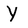
Character: Y